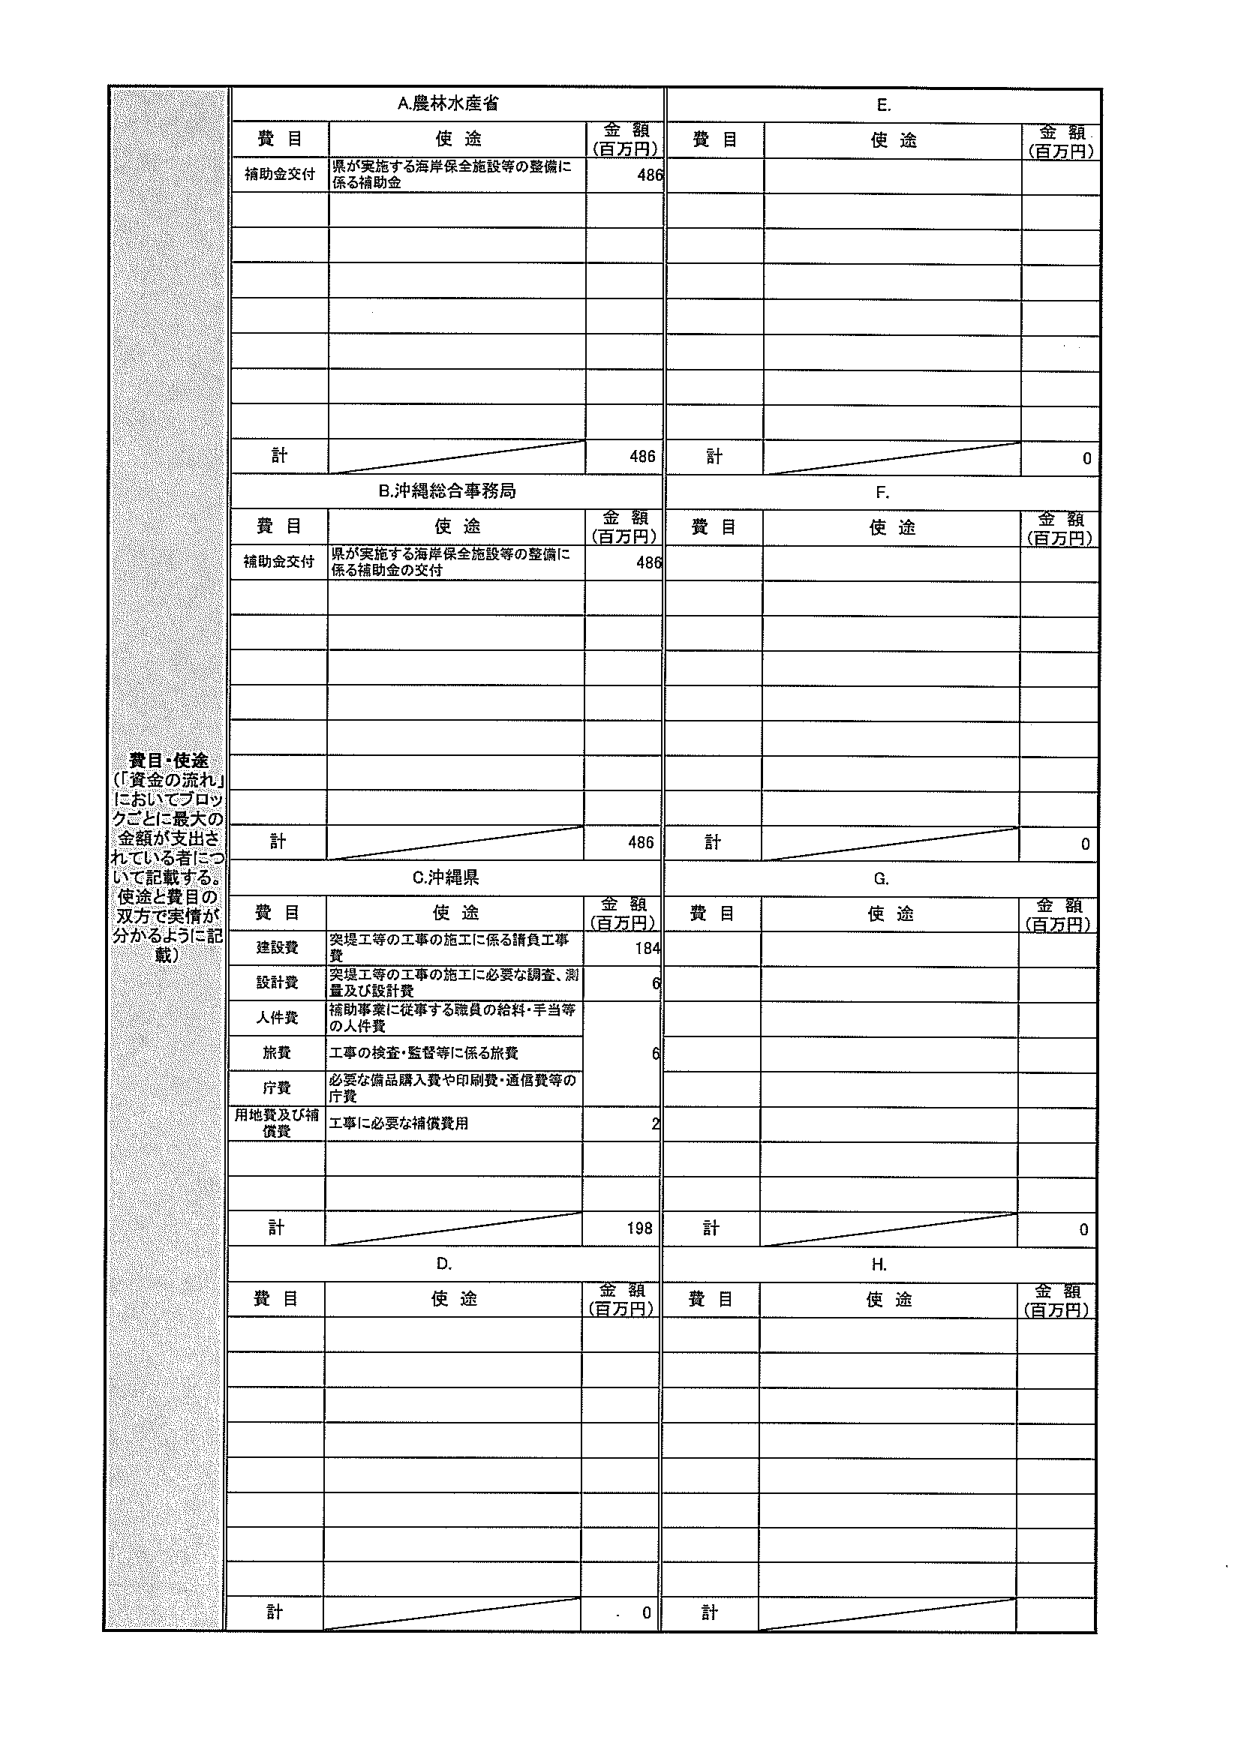
費目・使途
（「資金の流れ」においてブロックごとに最大の金額が支出されている者について記載する。
使途と費目の双方で実情が分かるように記載）

A.農林水産省
費目　　使途　　金額（百万円）
補助金交付　県が実施する海岸保全施設等の整備に係る補助金　486
計　　486

B.沖縄総合事務局
費目　　使途　　金額（百万円）
補助金交付　県が実施する海岸保全施設等の整備に係る補助金の交付　486
計　　486

C.沖縄県
費目　　使途　　金額（百万円）
建設費　突堤工等の工事の施工に係る請負工事費　184
設計費　突堤工等の工事の施工に必要な調査、測量及び設計費　6
人件費　補助事業に従事する職員の給料・手当等の人件費　6
旅費　工事の検査・監督等に係る旅費　6
庁費　必要な備品購入費や印刷費・通信費等の庁費　2
用地費及び補償費　工事に必要な補償費用　2
計　　198

D.
費目　　使途　　金額（百万円）
計　　0

E.
費目　　使途　　金額（百万円）
計　　0

F.
費目　　使途　　金額（百万円）
計　　0

G.
費目　　使途　　金額（百万円）
計　　0

H.
費目　　使途　　金額（百万円）
計　　0